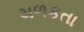
ચળકતા